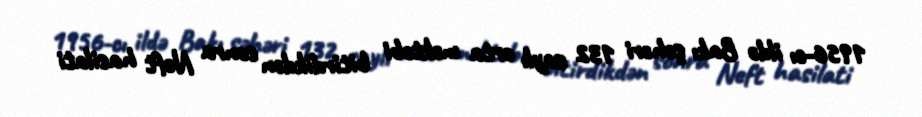
1956-cı ildə Bakı şəhəri 132 saylı orta məktəbi bitirdikdən sonra Neft hasilati